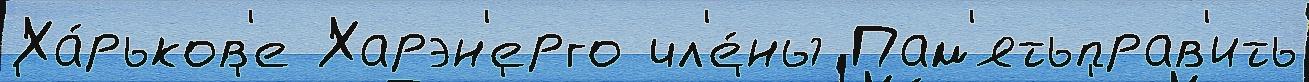
Ха́рьков'е Харэн'ерго чл'е́ны Пам'ятьправ'ить